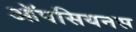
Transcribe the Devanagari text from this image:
ऑपसियनस